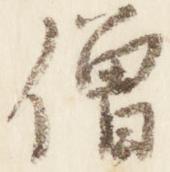
僧